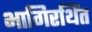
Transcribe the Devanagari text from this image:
भागिरथिंत